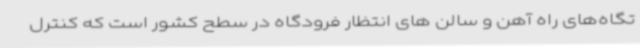
تگاه‌های راه آهن و سالن های انتظار فرودگاه در سطح کشور است که کنترل